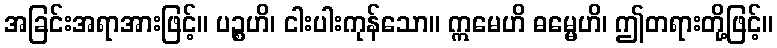
အခြင်းအရာအားဖြင့်။ ပဉ္စဟိ၊ ငါးပါးကုန်သော။ ဣမေဟိ ဓမ္မေဟိ၊ ဤတရားတို့ဖြင့်။